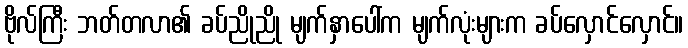
ဗိုလ်ကြီး ဘတ်တလာ၏ ခပ်ညိုညို မျက်နှာပေါ်က မျက်လုံးများက ခပ်လှောင်လှောင်။